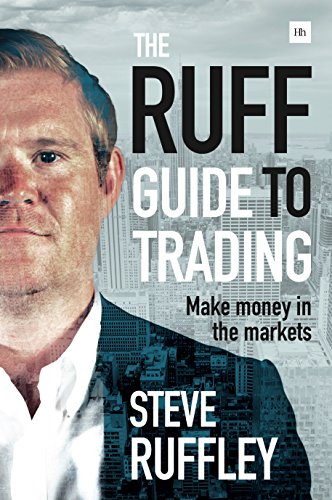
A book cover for The Ruff Guide to Trading: Make money in the markets; Steve Ruffley; Business & Money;